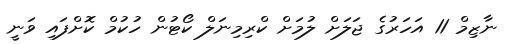
ނާޒިމް 11 އަހަރުގެ ޖަލަށް ލުމަށް ކްރިމިނަލް ކޯޓުން ހުކުމް ކޮށްފައި ވަނީ